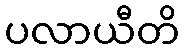
ပလာယီတိ